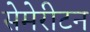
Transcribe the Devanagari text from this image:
सेमेरीटन